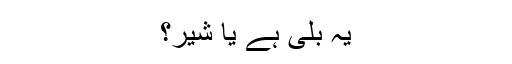
یہ بلی ہے یا شیر؟